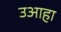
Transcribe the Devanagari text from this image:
उआहा